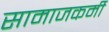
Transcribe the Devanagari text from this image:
सामाजकर्मी